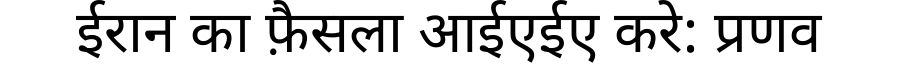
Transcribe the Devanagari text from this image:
ईरान का फ़ैसला आईएईए करे: प्रणव